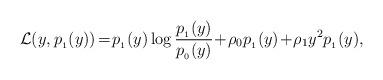
LaTeX: \begin{align*}\mathcal{L} (y, p_{_1}(y)) \!=\! p_{_1}(y) \log\frac{p_{_1}(y)}{p_{_0}(y)} \!+\! \rho_0 p_{_1}(y) \!+\! \rho_1 y^2 p_{_1}(y),\end{align*}